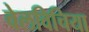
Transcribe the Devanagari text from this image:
वेलविचिया